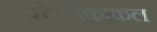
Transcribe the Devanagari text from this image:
स्ट्रेप्टोकाकल